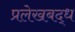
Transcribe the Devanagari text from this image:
प्रलेखबद्ध